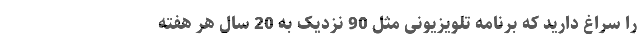
را سراغ دارید که برنامه‌ تلویزیونی مثل 90 نزدیک به 20 سال هر هفته